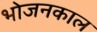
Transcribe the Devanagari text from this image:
भोजनकाल